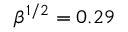
\beta ^ { 1 / 2 } = 0 . 2 9